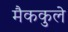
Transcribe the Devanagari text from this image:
मैककुले